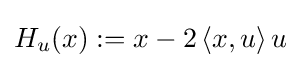
H_{u}(x):=x-2\,\langle x,u\rangle \,u